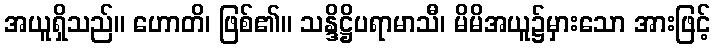
အယူရှိသည်။ ဟောတိ၊ ဖြစ်၏။ သန္ဒိဋ္ဌိပရာမာသီ၊ မိမိအယူ၌မှားသော အားဖြင့်